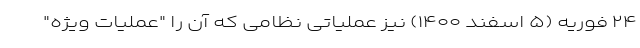
۲۴ فوریه (۵ اسفند ۱۴۰۰) نیز عملیاتی نظامی که آن را "عملیات ویژه"